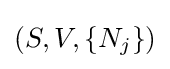
(S,V,\{N_{j}\})